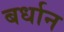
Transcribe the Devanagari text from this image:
बर्धान